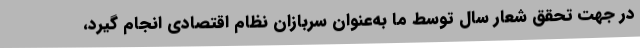
در جهت تحقق شعار سال توسط ما به‌عنوان سربازان نظام اقتصادی انجام گیرد،